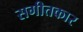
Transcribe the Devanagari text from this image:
सगीतकार